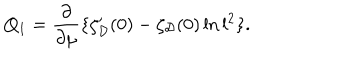
LaTeX: Q _ { 1 } = \frac { \partial } { \partial \mu } \{ \zeta _ { \cal D } ^ { \prime } ( 0 ) - \zeta _ { \cal D } ( 0 ) \ln l ^ { 2 } \} .